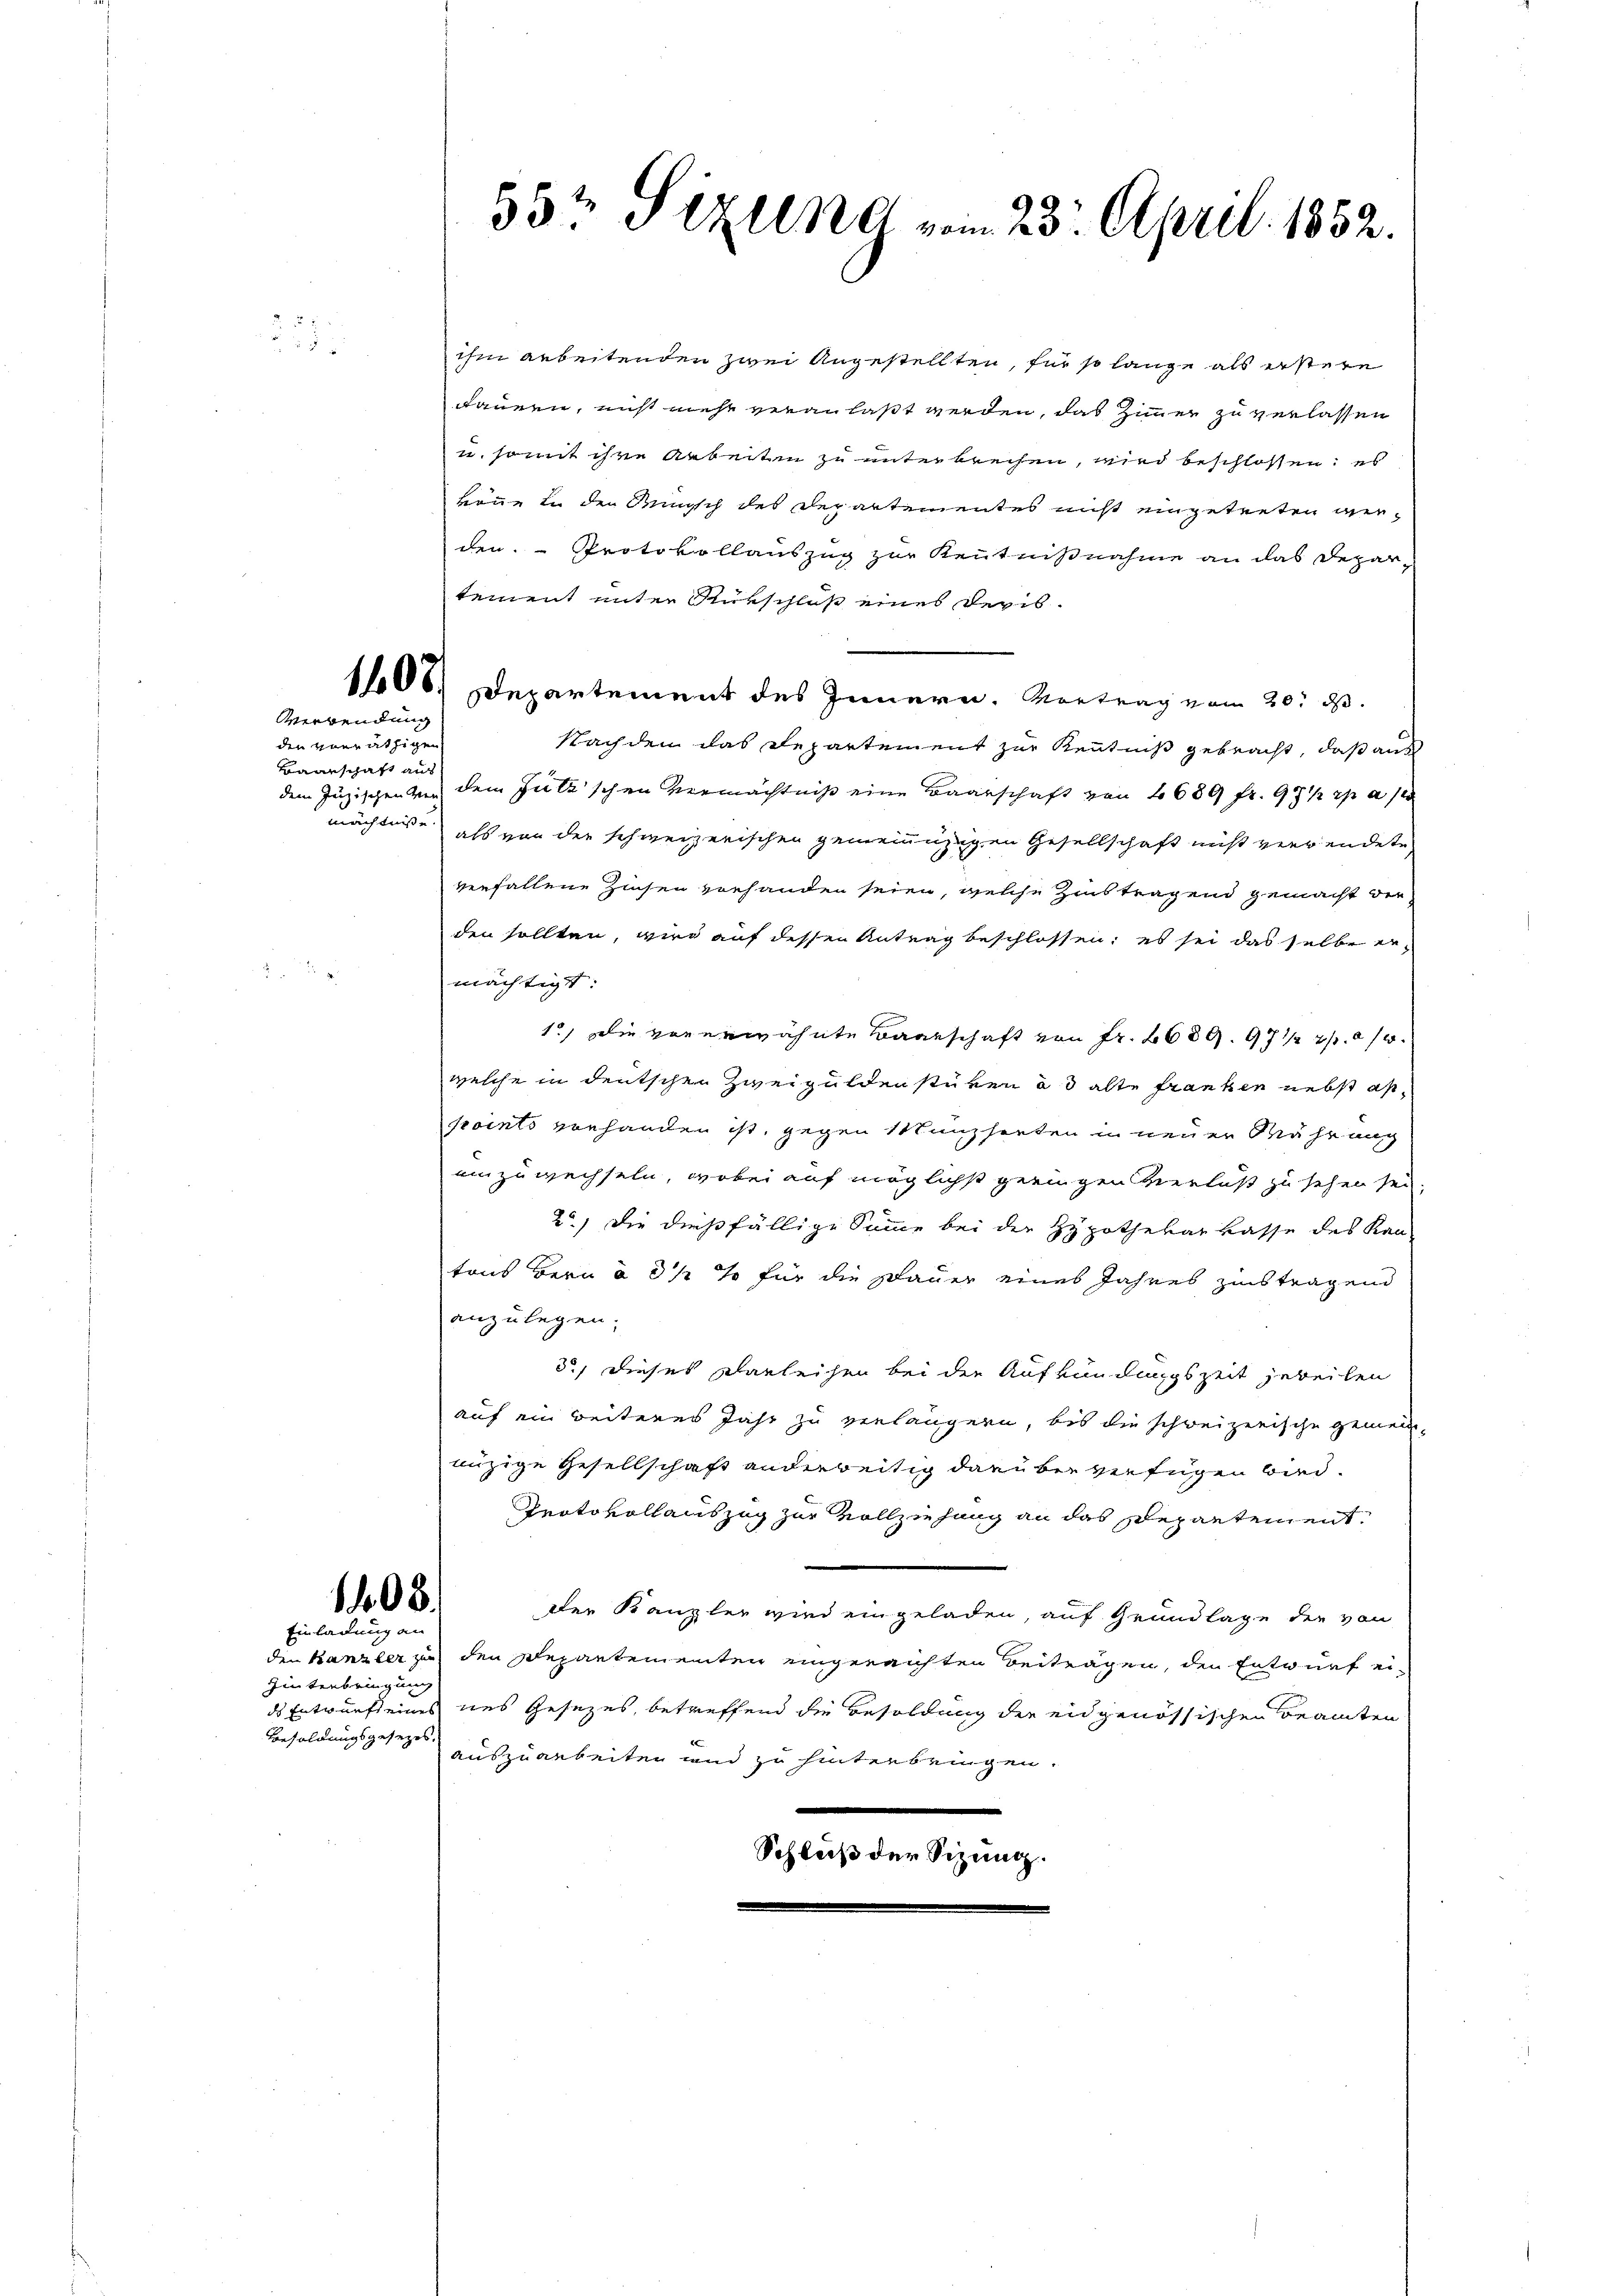
f 8 x

Verwendung

den vorräthigen
Baarschaft aus

1408.
Einladung an

Hinterbringung
Besoldungsgesetzes.

55t Sizung vom 23. April 1852.

ihin arbeitenden zwei Angestellten, für so lange als erstere
dauern, nicht mehr veranlaßt werden, das Zimmer zu verlassen
u. somit ihre Arbeiten zu unterbrechen, wird beschlossen: es
könne in den Wunsch des Departementes nicht eingetreten werden. - Protokollauszug zur Kenntnißnahme an das Departement unter Rückschloß eines Devis
108. Departement des Innern. Vortrag vom 20. d.
Nachdem das Departement zur Kenntniß gebracht, daß aus
dem Juzischen vor dem Gutz’schen Vermächtniß eine Baarschaft von 1689 fr. 99 1/2 p a
mächtnis als von der schweizerischen gemeinüzigen Gesellschaft nicht verwendete
verfallene Zinsen vorhanden seien, welche Zins tragend gemacht der
den sollten, wird auf dessen Antrag beschlossen; es sei das selbe ermächtigt:
1.) Die vorerwähnte Baarschaft von Fr. 2680. 97 1/2 20/3.
welche in deutschen Zweiguldenstüken ad alte Franken nebst as
points vorhanden ist, gegen Münzhaeten in neuer Mähr auch
einzuwechseln, wobei auf möglichst geringen Verlust zu sehen sei.
2.) Die dießfällige Summe bei der Hypothekarkasse des Kan-
tons Bern à 3 1/2 % für die Dauer eines Jahres zinstragend
anzulegen;
3.) Dieses Darleihen bei der Aufkündungszeit jeweilen
auf ein weiteres Jahr zu verlängern, bis die schweizerische gemeinnizige Gesellschaft anderseitig darüber verfügen wird.
Protokollauszug zur Vollziehung an das Departementder Kanzler wird eingeladen, auf Grundlage der von
den Kanzler zu den Departementen eingereichten Beiträgen, den Entwurf ei-
ds Entwurfs eines uns Gesezes, betreffend die Besoldung der eidgenössischen Beamten
auszuarbeiten und zu hinterbringen.
Schluß der Sizung.